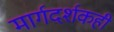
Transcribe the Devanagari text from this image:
मार्गदर्शकही